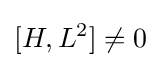
[H,L^{2}]\neq 0